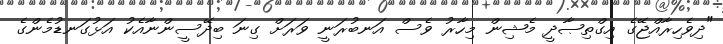
"ދިވެހިރާއްޖޭގެ އިގްތިޞާދީ މެޝިން މިހާރު ވެސް އަނބުރަނީ ވަަރަށް ގިނަ ބިދޭސީންނާއެކު އަޅުގަނޑުމެންގެ